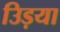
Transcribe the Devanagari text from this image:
उिड़या